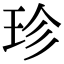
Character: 珍